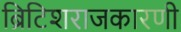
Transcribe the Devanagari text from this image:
ब्रिटिशराजकारणी